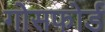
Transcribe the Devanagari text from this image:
गोसफोर्ड